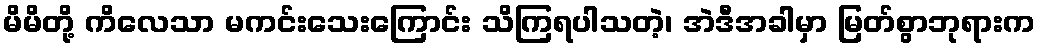
မိမိတို့ ကိလေသာ မကင်းသေးကြောင်း သိကြရပါသတဲ့၊ အဲဒီအခါမှာ မြတ်စွာဘုရားက